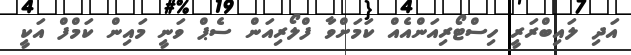
އަދި ލައިބްރަރީ ހިސްޓޯރިއަންއެއް ކަމަށްވާ ފްލޯރިއަން ސެޕް ވަނީ މައިން ކަމްފް އަކީ